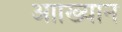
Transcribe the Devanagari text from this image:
आाख्यान